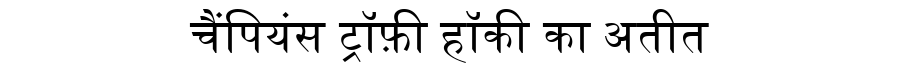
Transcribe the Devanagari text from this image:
चैंपियंस ट्रॉफ़ी हॉकी का अतीत